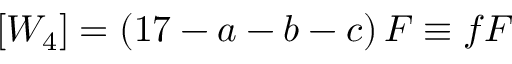
[ W _ { 4 } ] = \left( 1 7 - a - b - c \right) F \equiv f F